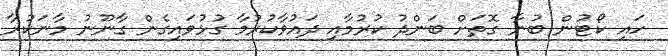
ހައި ކޯޓުން ބުނާ ގޮތަށް ބަންދު ކުރުމާއި ދައުވާކުރުމާ ގުޅުވައިގެން ގާނޫނު މާނަކުރާ